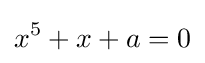
x^{5}+x+a=0